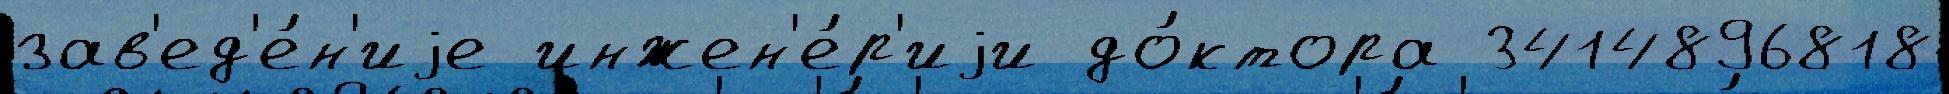
зав'ед'е́н'иjе инжен'е́р'иjи до́ктора 3414896818